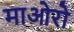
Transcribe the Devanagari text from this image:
माओरो